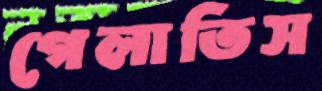
গেলাতিস